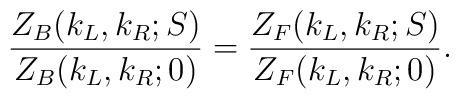
{Z_B(k_L,k_R;S)\over Z_B(k_L,k_R;0)}={Z_F(k_L,k_R;S)\over Z_F(k_L,k_R;0)}.